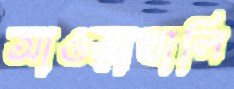
আওড়াখালি